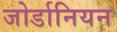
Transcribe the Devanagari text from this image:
जोर्डानियन